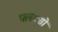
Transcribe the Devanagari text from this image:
फ्लक्सों